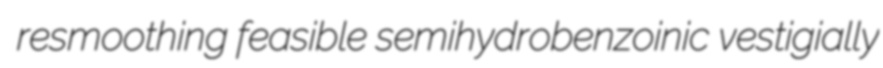
resmoothing feasible semihydrobenzoinic vestigially